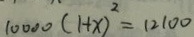
1 0 0 0 0 ( 1 + x ) ^ { 2 } = 1 2 1 0 0